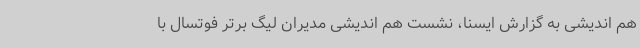
هم اندیشی به گزارش ایسنا، نشست هم اندیشی مدیران لیگ برتر فوتسال با